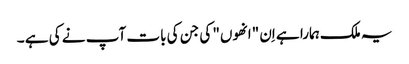
یہ ملک ہمارا ہے اِن "انھوں" کی جن کی بات آپ نے کی ہے ۔